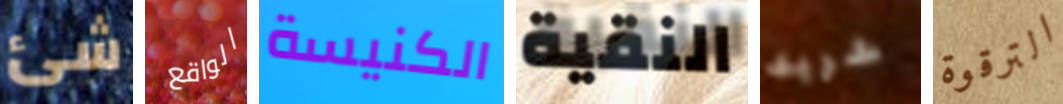
شئ الواقع الكنيسة النقية شريك الترقوة